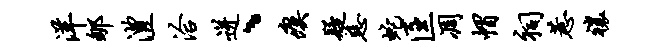
洋郇澧洽迸、瘼疑慈蛇匡凋帽祠惹禳